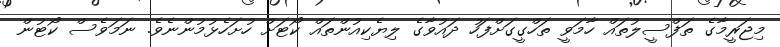
މިޖަރީމާގެ ތަފްސީލުތައް ހާމަވީ ތަހްގީގަށްފަހު ދައުވާގެ ލިޔެކިއުންތައް ކޯޓަށް ހުށަހެޅުމުންނެވެ. ނަމަވެސް ކޯޓުން